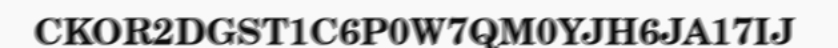
CKOR2DGST1C6P0W7QM0YJH6JA17IJ